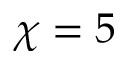
\chi = 5